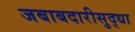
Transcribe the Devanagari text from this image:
जबाबदारीसुद्धा